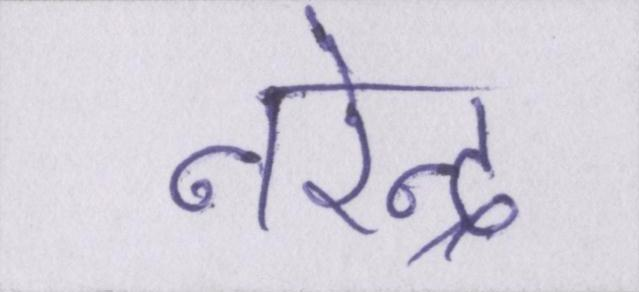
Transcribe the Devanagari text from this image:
नरेन्द्र